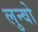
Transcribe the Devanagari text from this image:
लुन्वो